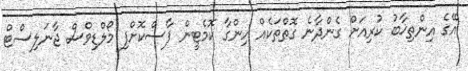
އޭގެ އިންތިޚާބު ކުރިއަށް ގެންދާނެ ގޮތްތަކެއް ހިންގާ ކޮމެޓީން ފާސްކޮށްފި މޯލްޑިވްސް ޖާނަލިސްޓް